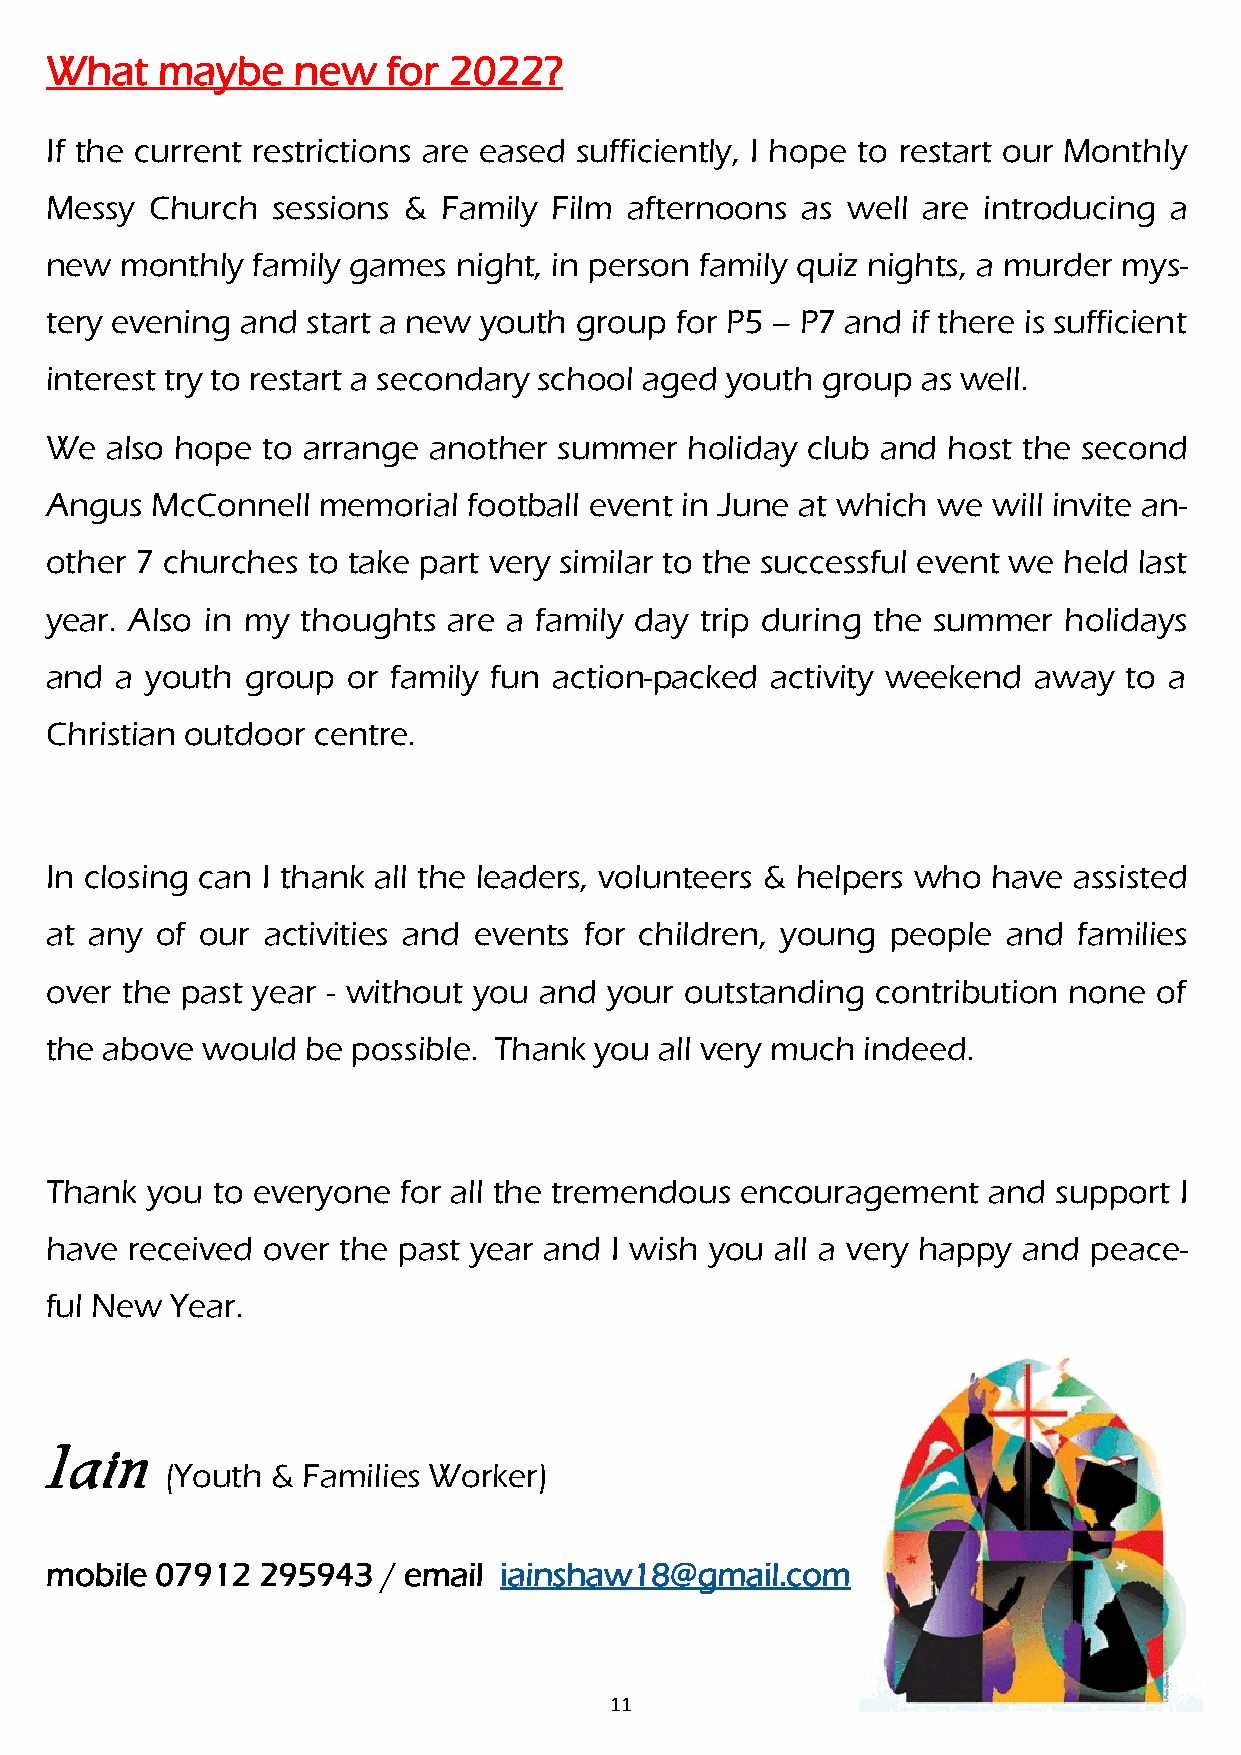
What   maybe    new    for 2022?
 If the current restrictions are eased sufficiently, I hope to restart our Monthly
 Messy  Church  sessions & Family  Film afternoons as well are introducing a
 new  monthly  family games night, in person family quiz nights, a murder mys-
 tery evening and start a new youth group  for P5 – P7 and if there is sufficient
 interest try to restart a secondary school aged youth group as well.
 We  also hope to arrange another  summer   holiday club and host the second
 Angus  McConnell  memorial  football event in June at which we will invite an-
 other 7 churches to take part very similar to the successful event we held last
 year. Also in my thoughts  are a family day trip during the summer holidays
 and  a youth group  or family fun action-packed activity weekend away  to a
 Christian outdoor centre.
 In closing can I thank all the leaders, volunteers & helpers who have assisted
 at any of our  activities and events for children, young people and families
 over the past year - without you and your outstanding  contribution none of
 the above would  be possible. Thank you  all very much indeed.
 Thank  you to everyone for all the tremendous encouragement   and  support I
 have  received over the past year and I wish you all a very happy and peace-
 ful New Year.
 Iain
 (Youth & Families Worker)
 mobile 07912  295943  / email iainshaw18@gmail.com
 11